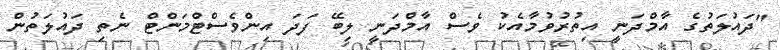
"ދައުލަތުގެ އާމްދަނީ އިތުރުވުމާއެކު ވެސް އާމްދަނީ ލިބޭ ފަދަ އިންވެސްޓްމަންޓް ނެތި ދައުލަތުން